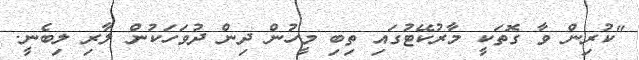
"ކުރިން ވާ ގޮތަކީ މާރުކޭޓުގައި ތިބި މީހުން ދިން ދުވަހަކުން ލާރި ލިބެނީ.